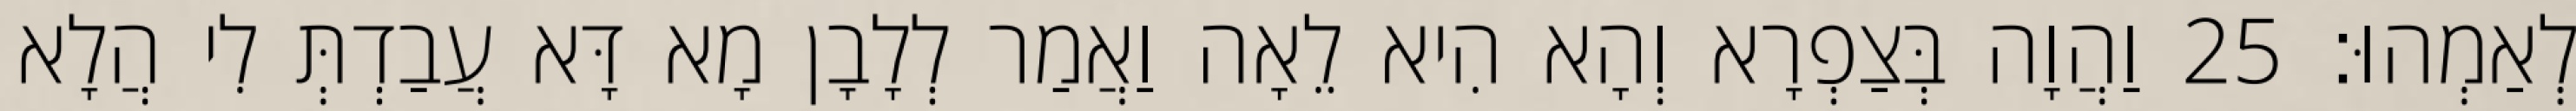
לְאַמְהוּ׃ 25 וַהֲוָה בְּצַפְרָא וְהָא הִיא לֵאָה וַאֲמַר לְלָבָן מָא דָּא עֲבַדְתְּ לִי הֲלָא